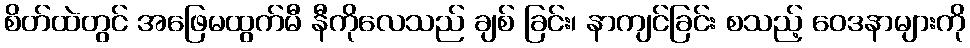
စိတ်ထဲတွင် အဖြေမထွက်မီ နီကိုလေသည် ချစ် ခြင်း၊ နာကျင်ခြင်း စသည့် ဝေဒနာများကို